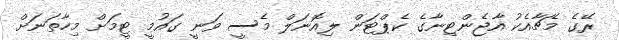
ރޭގެ މެޗާއެކު އާޖެންޓިނާގެ ކެޕްޓަން ލިއޮނަލް މެސީ ވަނީ ގައުމީ ޓީމަށް މިހާތަނަށް